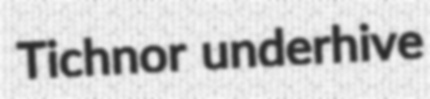
Tichnor underhive